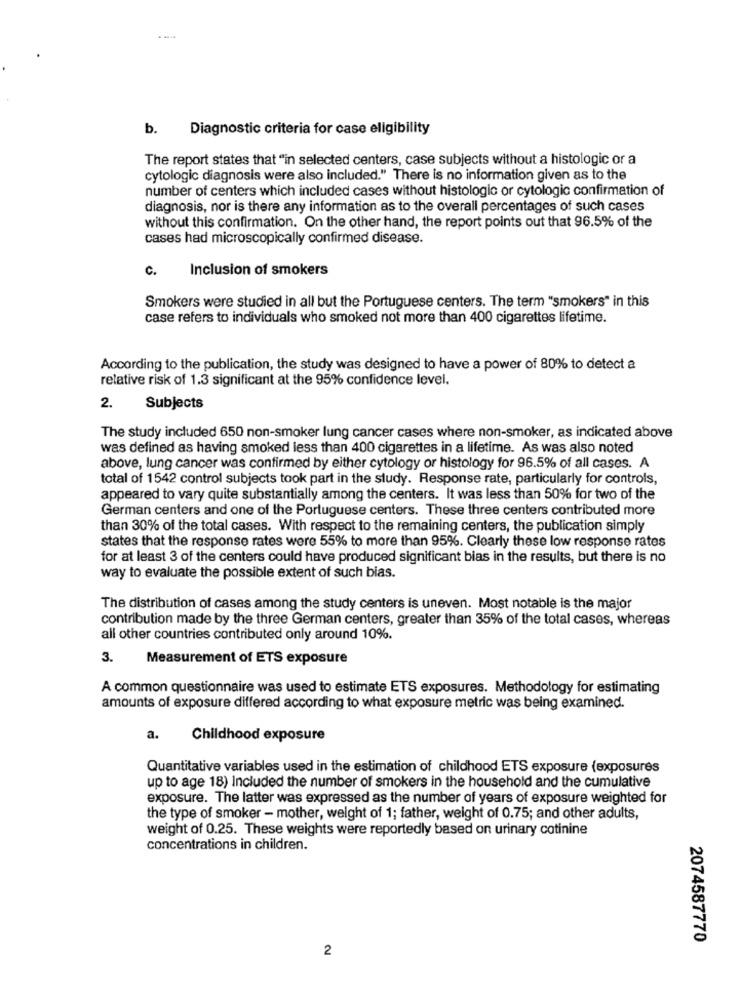
b.
Diagnostic criteria for case eligibility
The report states that "in selected centers, case subjects without a histologic or a
cytologic diagnosis were also included." There is no information given as to the
number of centers which included cases without histologic or cytologic confirmation of
diagnosis, nor is there any information as to the overall percentages of such cases
without this confirmation. On the other hand, the report points out that 96.5% of the
cases had microscopically confirmed disease.
Inclusion of smokers
c.
Smokers were studied in all but the Portuguese centers. The term "smokers" in this
case refers to individuals who smoked not more than 400 cigarettes lifetime.
According to the publication, the study was designed to have a power of 80% to detect a
relative risk of 1.3 significant at the 95% confidence level.
2.
Subjects
The study included 650 non-smoker lung cancer cases where non-smoker, as indicated above
was defined as having smoked less than 400 cigarettes in a lifetime. As was also noted
above, lung cancer was confirmed by either cytology or histology for 96.5% of all cases. A
total of 1542 control subjects took part in the study. Response rate, particularly for controls,
appeared to vary quite substantially among the centers. It was less than 50% for two of the
German centers and one of the Portuguese centers. These three centers contributed more
than 30% of the total cases. With respect to the remaining centers, the publication simply
states that the response rates were 55% to more than 95%. Clearly these low response rates
for at least 3 of the centers could have produced significant bias in the results, but there is no
way to evaluate the possible extent of such bias.
The distribution of cases among the study centers is uneven. Most notable is the major
contribution made by the three German centers, greater than 35% of the total cases, whereas
all other countries contributed only around 10%.
3. Measurement of ETS exposure
A common questionnaire was used to estimate ETS exposures. Methodology for estimating
amounts of exposure differed according to what exposure metric was being examined.
a.
Childhood exposure
Quantitative variables used in the estimation of childhood ETS exposure (exposures
up to age 18) Included the number of smokers in the household and the cumulative
exposure. The latter was expressed as the number of years of exposure weighted for
the type of smoker - mother, weight of 1; father, weight of 0.75; and other adults,
weight of 0.25. These weights were reportedly based on urinary cotinine
concentrations in children.
2074587770
2